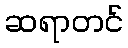
ဆရာတင်